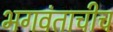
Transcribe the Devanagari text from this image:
भगवंताचीच